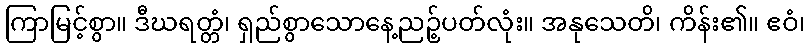
ကြာမြင့်စွာ။ ဒီဃရတ္တံ၊ ရှည်စွာသောနေ့ညဉ့်ပတ်လုံး။ အနုသေတိ၊ ကိန်း၏။ ဧဝံ၊